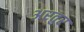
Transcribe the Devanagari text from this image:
अरतुर